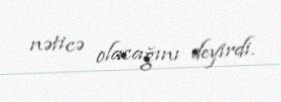
nəticə olacağını deyirdi.